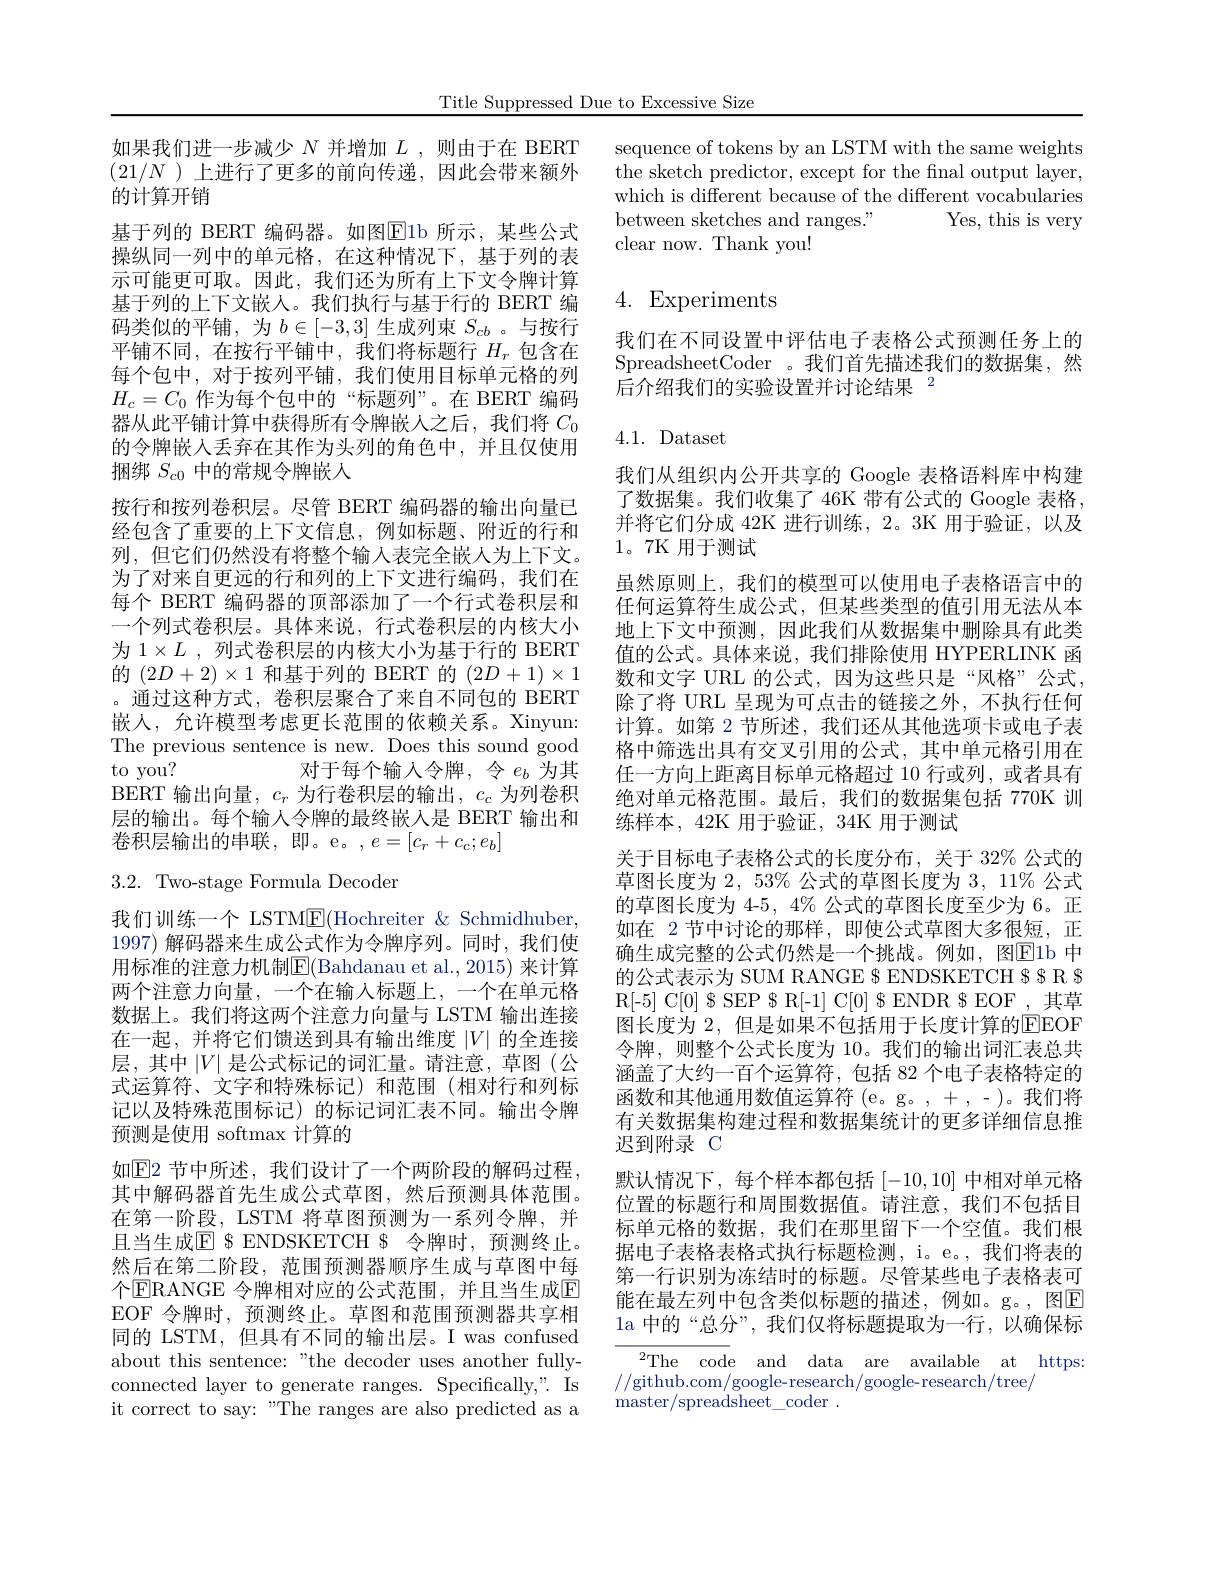
Title Suppressed Due to Excessive Size

如果我们进一步减少$N$并增加$L$,则由于在 BERT $(21/N$ )上进行了更多的前向传递，因此会带来额外的计算开销
基于列的 BERT 编码器。如图$\boxed{\mathrm{E}}$1b 所示，某些公式操纵同一列中的单元格，在这种情况下，基于列的表示可能更可取。因此，我们还为所有上下文令牌计算基于列的上下文嵌人。我们执行与基于行的 BERT 编码类似的平铺，为$b\in[-3,3]$生成列束$S_cb$ 。与按行平铺不同，在按行平铺中，我们将标题行$H_r$包含在每个包中，对于按列平铺，我们使用目标单元格的列$H_c=C_0$作为每个包中的“标题列”。在 BERT 编码器从此平铺计算中获得所有令牌嵌人之后，我们将$C_{0}$ 的令牌嵌入丢弃在其作为头列的角色中，并且仅使用捆绑$S_{c0}$中的常规令牌嵌人
按行和按列卷积层。尽管 BERT 编码器的输出向量已经包含了重要的上下文信息，例如标题、附近的行和列，但它们仍然没有将整个输入表完全嵌人为上下文。为了对来自更远的行和列的上下文进行编码，我们在每个 BERT 编码器的顶部添加了一个行式卷积层和一个列式卷积层。具体来说，行式卷积层的内核大小为 1$\times L$,列式卷积层的内核大小为基于行的 BERT 的$(2D+2)\times1$和基于列的 BERT 的$(2D+1)\times1$ 。通过这种方式，卷积层聚合了来自不同包的 BERT 嵌人，允许模型考虑更长范围的依赖关系。Xinyun: The previous sentence is new. Does this sound good to you?
对于每个输入令牌，令$e_b$为其
BERT 输出向量，$c_r$为行卷积层的输出，$c_c$为列卷积层的输出。每个输入令牌的最终嵌入是 BERT 输出和卷积层输出的串联，即。e。,$e=[c_r+c_c;e_b]$
3.2. Two-stage Formula Decoder

我们训练一个 LSTME(Hochreiter & Schmidhuber, 1997) 解码器来生成公式作为令牌序列。同时，我们使用标准的注意力机制$\mathbb{E}($Bahdanau et al.,2015) 来计算两个注意力向量，一个在输入标题上，一个在单元格数据上。我们将这两个注意力向量与 LSTM 输出连接在一起，并将它们馈送到具有输出维度$|V|$的全连接层，其中$|V|$是公式标记的词汇量。请注意，草图(公式运算符、文字和特殊标记)和范围(相对行和列标记以及特殊范围标记)的标记词汇表不同。输出令牌预测是使用 softmax 计算的
如$\boxed{\mathrm{E}2\text{ 节中所述，我们设计了一个两阶段的解码过程，}}$ 其中解码器首先生成公式草图，然后预测具体范围。在第一阶段，LSTM 将草图预测为一系列令牌，并且当生成$\mathbb{E}$ $ ENDSKETCH $ 令牌时，预测终止。然后在第二阶段，范围预测器顺序生成与草图中每个$\boxed{\mathrm{ERANGE}}$ 令牌相对应的公式范围，并且当生成$\boxed{\mathrm{E}}$ EOF 令牌时，预测终止。草图和范围预测器共享相同的 LSTM, 但具有不同的输出层。I was confused about this sentence: "the decoder uses another fullyconnected layer to generate ranges. Specifically,". Is it correct to say: "The ranges are also predicted as a

sequence of tokens by an LSTM with the same weights the sketch predictor, except for the fnal output layer, which is different because of the different vocabularies
Yes, this is very
between sketches and ranges."
clear now. Thank you!

# 4. Experiments

我们在不同设置中评估电子表格公式预测任务上的SpreadsheetCoder 。我们首先描述我们的数据集，然后介绍我们的实验设置并讨论结果$^{2}$

## 4.1. Dataset

我们从组织内公开共享的 Google 表格语料库中构建了数据集。我们收集了 46K 带有公式的 Google 表格， 并将它们分成 42K 进行训练，2。3K 用于验证，以及1。7K 用于测试
虽然原则上，我们的模型可以使用电子表格语言中的任何运算符生成公式，但某些类型的值引用无法从本地上下文中预测，因此我们从数据集中删除具有此类值的公式。具体来说，我们排除使用 HYPERLINK 函数和文字 URL 的公式，因为这些只是“风格”公式， 除了将 URL 呈现为可点击的链接之外，不执行任何计算。如第 2 节所述，我们还从其他选项卡或电子表格中筛选出具有交叉引用的公式，其中单元格引用在任一方向上距离目标单元格超过 10 行或列，或者具有绝对单元格范围。最后，我们的数据集包括 770K 训练样本，42K 用于验证，34K 用于测试
关于目标电子表格公式的长度分布，关于 32% 公式的草图长度为 2, 53% 公式的草图长度为 3, 11% 公式的草图长度为 4-5, 4% 公式的草图长度至少为 6。正如在 2 节中讨论的那样，即使公式草图大多很短，正确生成完整的公式仍然是一个挑战。例如，图$\boxed{\mathrm{E}}$1b 中的公式表示为 SUM RANGE $ ENDSKETCH $$ R $ R[-5] C[0] $SEP $R[-1] C[0] $ENDR $EOF,其草图长度为 2, 但是如果不包括用于长度计算的EEOF 令牌，则整个公式长度为 10。我们的输出词汇表总共涵盖了大约一百个运算符，包括 82 个电子表格特定的函数和其他通用数值运算符 (e。g。,+,-)。我们将有关数据集构建过程和数据集统计的更多详细信息推迟到附录 C
默认情况下，每个样本都包括[-10,10]中相对单元格位置的标题行和周围数据值。请注意，我们不包括目标单元格的数据，我们在那里留下一个空值。我们根据电子表格表格式执行标题检测，i。e。, 我们将表的第一行识别为冻结时的标题。尽管某些电子表格表可能在最左列中包含类似标题的描述，例如。g。,图$\boxed{\mathrm{E}}$ la 中的“总分”, 我们仅将标题提取为一行，以确保标
$^{2}$The code and data are available at https:

//github.com/google-research/google-research/tree/
master/spreadsheet\_coder.